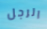
الرجل